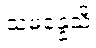
သမန္နေသိ